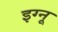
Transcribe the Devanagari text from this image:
इग्‍नू